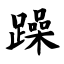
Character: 躁